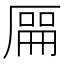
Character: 𫨘